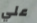
علي